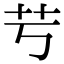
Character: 䒓